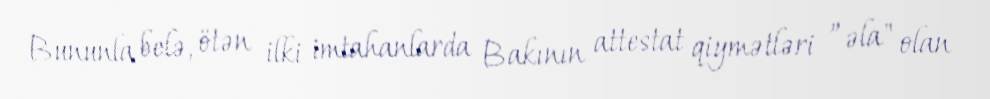
Bununla belə, ötən ilki imtahanlarda Bakının attestat qiymətləri ”əla" olan